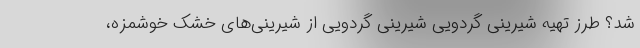
شد؟ طرز تهیه شیرینی گردویی شیرینی گردویی از شیرینی‌های خشک خوشمزه،